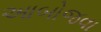
આબોજવા